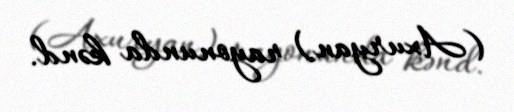
(Axuryan) rayonunda kənd.